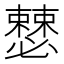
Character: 𰒝